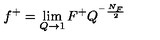
f ^ { + } = \lim _ { Q \rightarrow 1 } F ^ { + } Q ^ { ^ { - } \frac { N _ { F } } 2 }